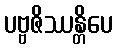
ပဗ္ဗဇိဿန္တိပေ